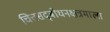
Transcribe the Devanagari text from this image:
चित्तसद्बोधनक्षत्रमाला